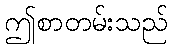
ဤစာတမ်းသည်